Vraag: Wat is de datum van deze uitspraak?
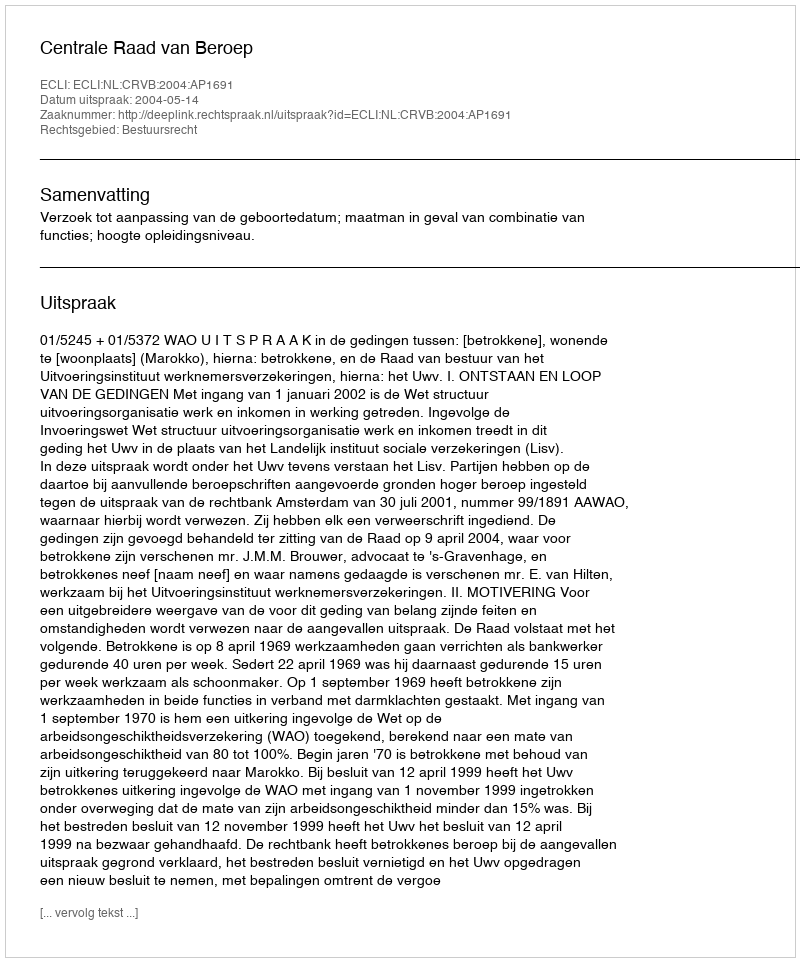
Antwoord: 2004-05-14